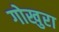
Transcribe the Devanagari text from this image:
गोखुरा